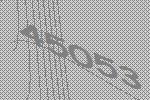
45053